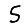
Digit: 5